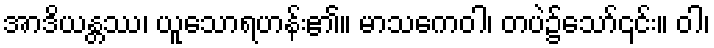
အာဒိယန္တဿ၊ ယူသောရဟန်း၏။ မာသကေဝါ၊ တပဲ၌သော်၎င်း။ ဝါ၊